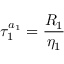
\tau _ { 1 } ^ { a _ { 1 } } = \frac { R _ { 1 } } { \eta _ { 1 } }